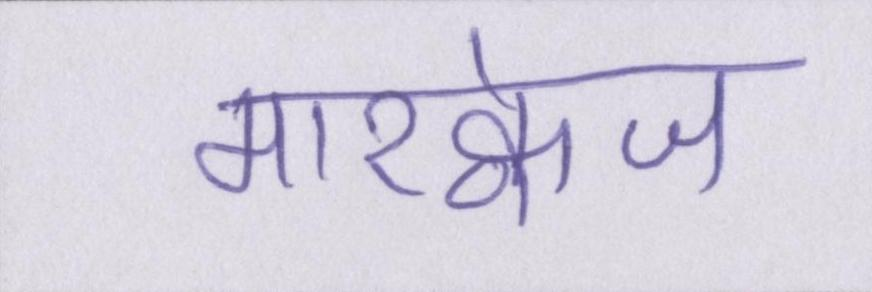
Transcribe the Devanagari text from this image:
मारक्वेज